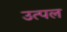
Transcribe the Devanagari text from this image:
उत्‍पल